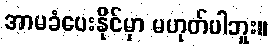
အာမခံပေးနိုင်မှာ မဟုတ်ပါဘူး။